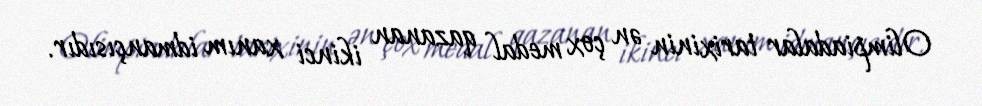
Olimpiadalar tarixinin ən çox medal qazanan ikinci xanım idmançısıdır.